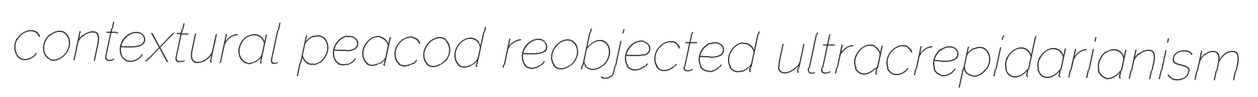
contextural peacod reobjected ultracrepidarianism